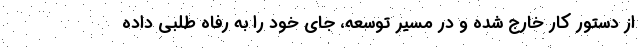
از دستور کار خارج شده و در مسیر توسعه، جای خود را به رفاه طلبی داده